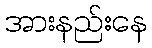
အားနည်းနေ